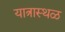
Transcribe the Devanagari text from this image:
यात्रास्थळ